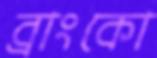
ব্রাংকো